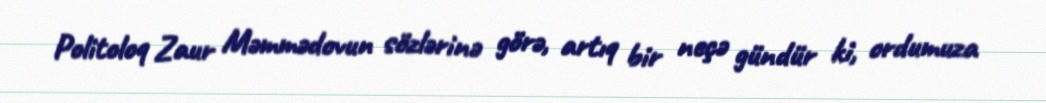
Politoloq Zaur Məmmədovun sözlərinə görə, artıq bir neçə gündür ki, ordumuza